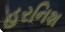
હરનિશ